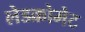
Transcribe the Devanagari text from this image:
लेडक्रोमेट